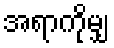
အရာကိုမျှ